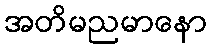
အတိမညမာနော